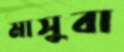
মাসুবা